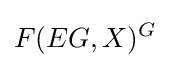
F(EG,X)^{G}